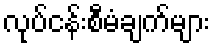
လုပ်ငန်းစီမံချက်များ